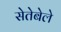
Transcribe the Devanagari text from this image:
सेतेबेले